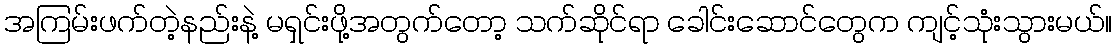
အကြမ်းဖက်တဲ့နည်းနဲ့ မရှင်းဖို့အတွက်တော့ သက်ဆိုင်ရာ ခေါင်းဆောင်တွေက ကျင့်သုံးသွားမယ်။